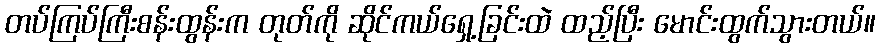
တပ်ကြပ်ကြီးစန်းထွန်းက တုတ်ကို ဆိုင်ကယ်ရှေ့ခြင်းထဲ ထည့်ပြီး မောင်းထွက်သွားတယ်။